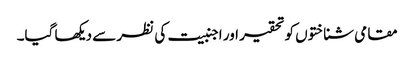
مقامی شناختوں کو تحقیر اور اجنبیت کی نظر سے دیکھا گیا۔